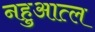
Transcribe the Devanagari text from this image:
नहुआत्ल